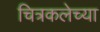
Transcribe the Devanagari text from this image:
चित्रकलेच्‍या